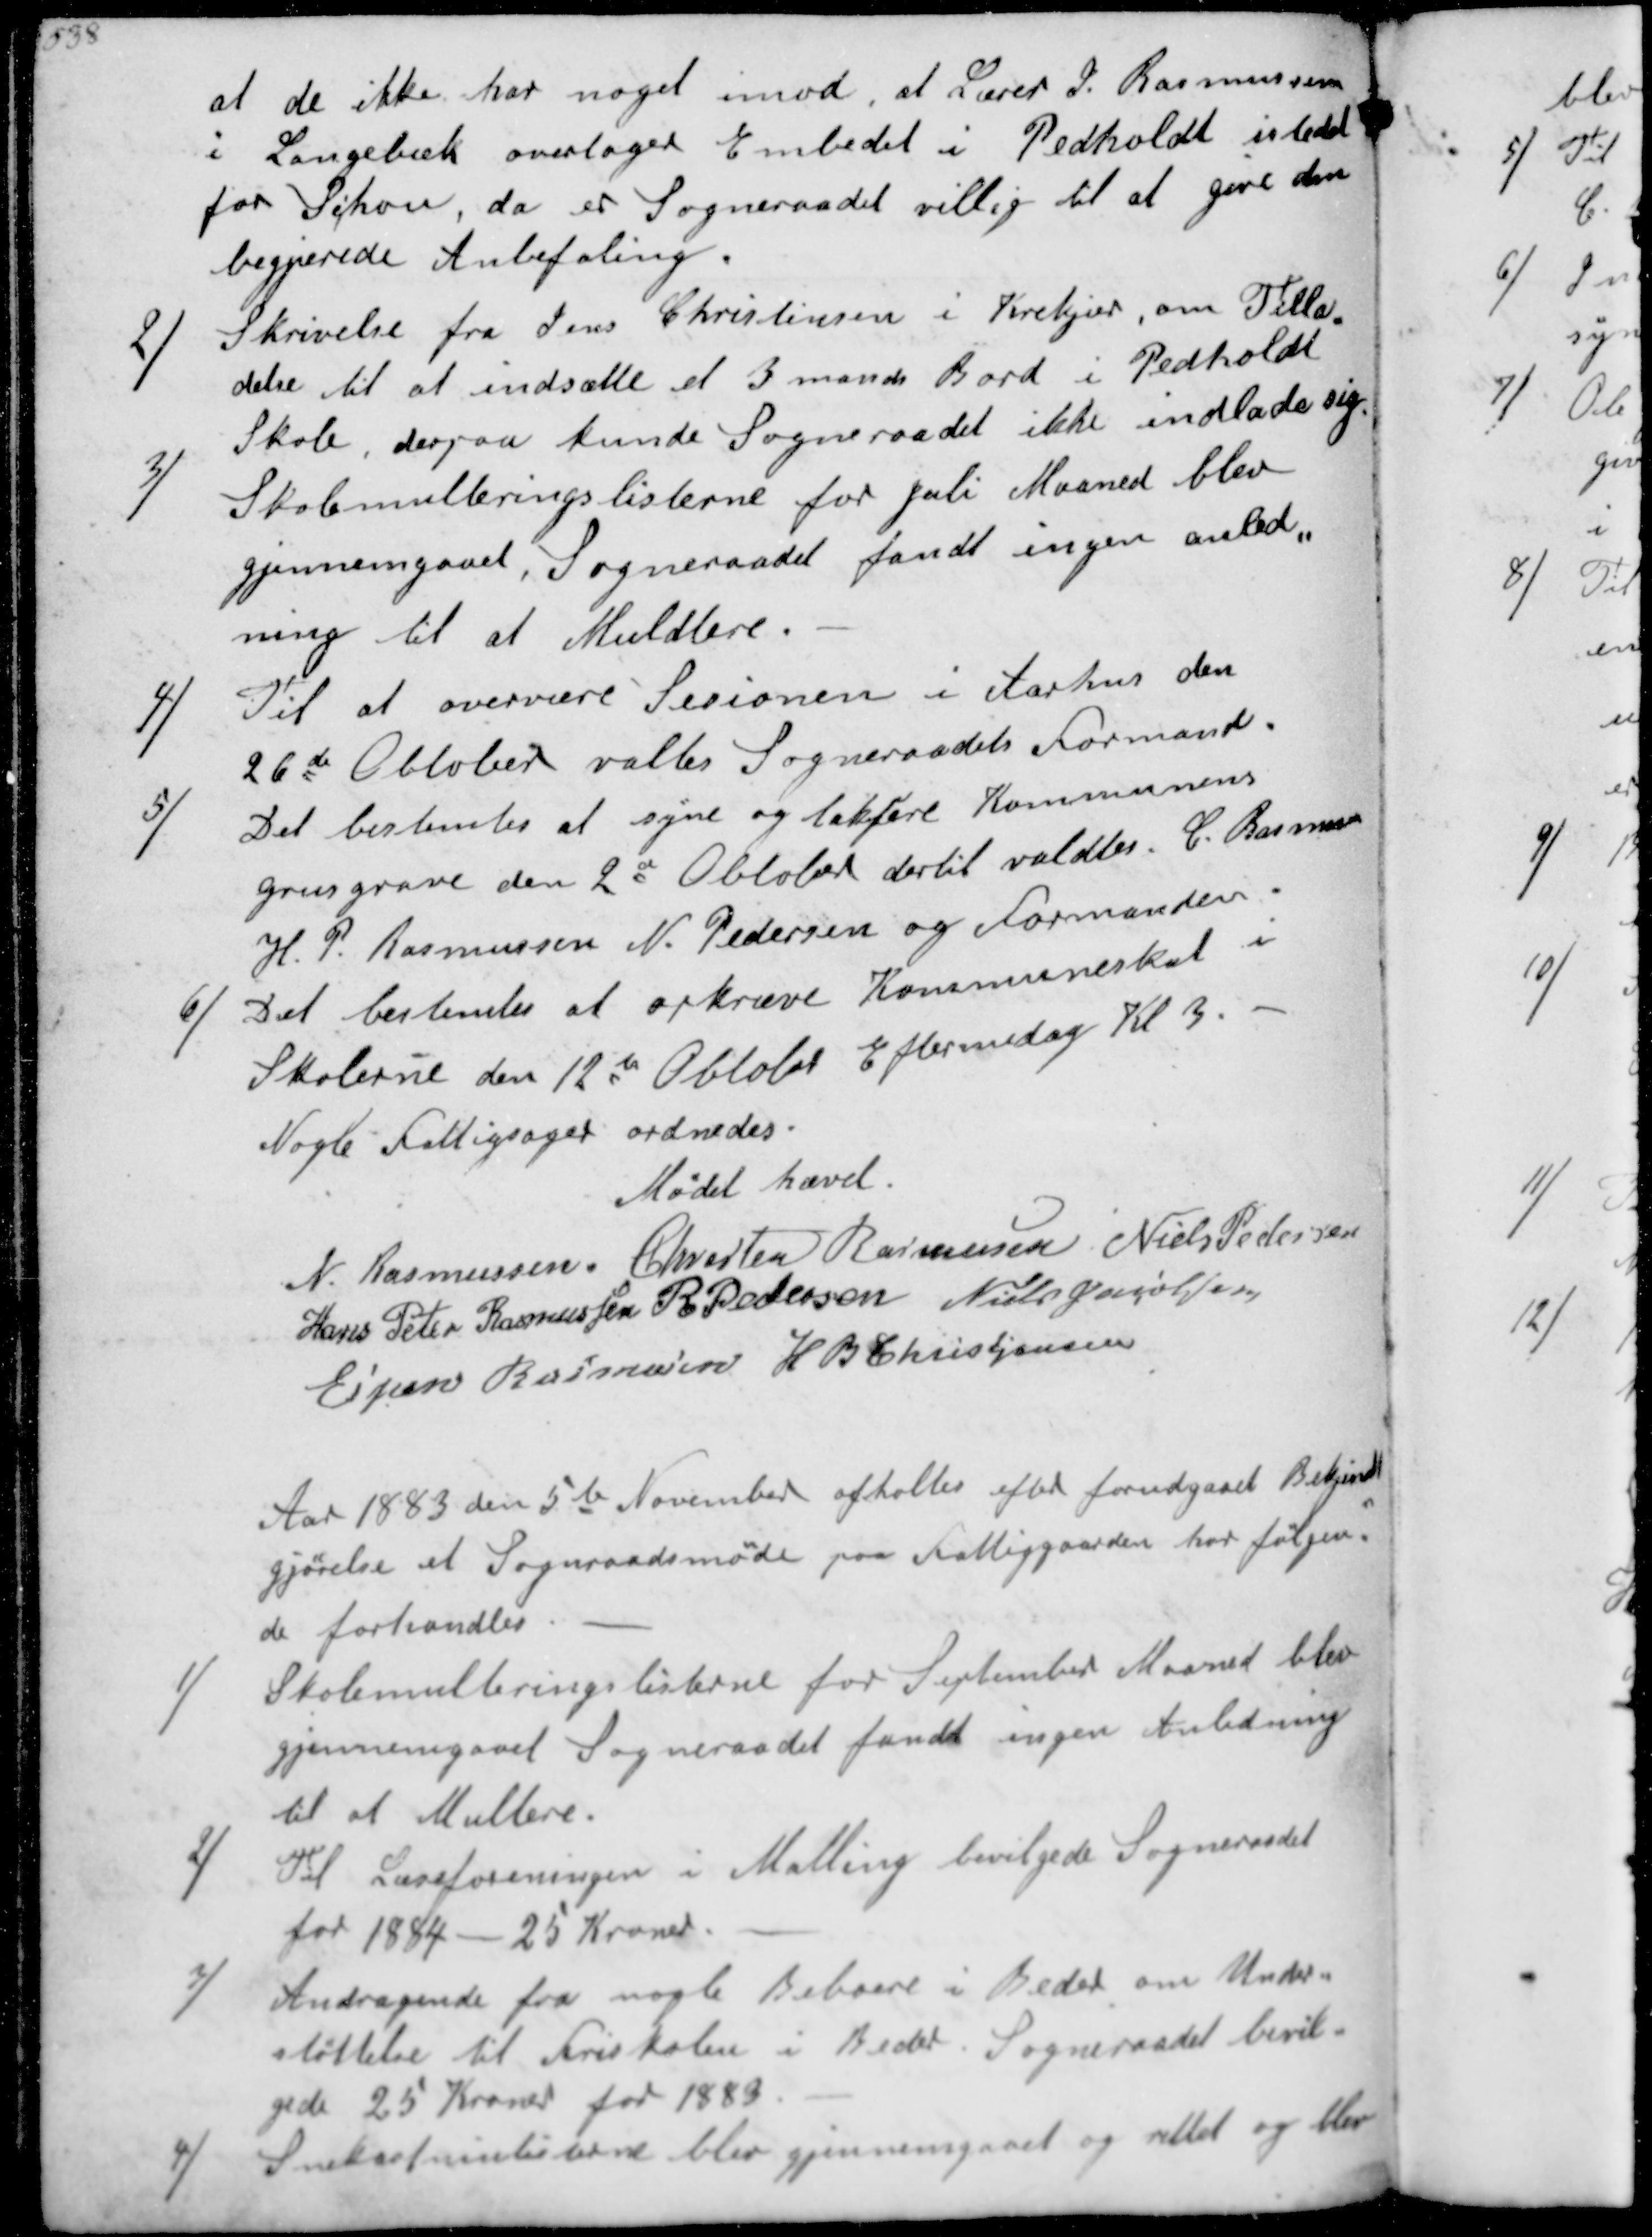
Transskription:
at de ikke har noget imod, at Lærer J. Rasmussen
i Langebæk overtager Embedet i Pedholdt istedet
for Schou, da er Sogneraadet villig til at give den
begjærede Anbefaling
2/
Skrivelse fra Jens Christensen i Krekjær, om Tilla-
delse til at indsætte et 3 mands Bord i Pedholdt
Skole, derpaa kunde Sogneraadet ikke indlade sig
3/
Skolemulteringslisterne for Juli Maaned blev
gjennemgaaet, Sogneraadet fandt ingen anled-
ning til at Muldtere
4/
Til at overvære Sesionen i Aarhus den
26de Oktober valtes Sogneraadets Formand
5/
Det bestemtes at syne og lakføre Kommunens
grusgrave den 2d Obtober dertil valdtes C Rasmussen
H. P. Rasmussen N. Pedersen og Formanden.
6/
Det bestemtes at opkræve Kommuneskat i 
Skolerne den 12de Obtobr Eftermiddag Kl 3
Nogle Fattigsager ordnedes

Mødet hævet

N Rasmussen
Chresten Rasmussen
Niels Pedersen
Hans Peder Rasmussen
R Pedersen
Niels Jacobsen
Ejner Rasmussen
H B Christjansen

Aar 1883 den 5te November afholtes efter forudgaaet Bekjendt-
gjørelse et Sogneraadsmøde paa Fattiggaaarden hvor følgen-
de forhandles
1/
Skolemulteringslisterne for September Maaned blev
gjennemgaaet Sogneraadet fandt ingen Anledning
til at Multere
2/
Til Læseforeningen i Malling bevilgede Sogneraadet
for 1884 - 25 Kroner
3/
Andragende fra nogle Beboere i Beder om Under-
støttelse til Friskolen i Beder. Sogneraadfet bevil-
gede 25 Kroner for 1883
4/
Snekastninlisterne blev gjennemgaaet og rettet og blev